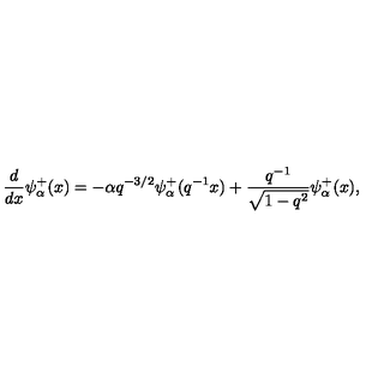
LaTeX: \frac { d } { d x } \psi _ { \alpha } ^ { + } ( x ) = - \alpha q ^ { - 3 / 2 } \psi _ { \alpha } ^ { + } ( q ^ { - 1 } x ) + \frac { q ^ { - 1 } } { \sqrt { 1 - q ^ { 2 } } } \psi _ { \alpha } ^ { + } ( x ) ,